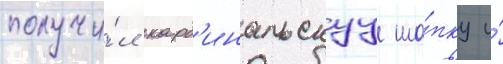
получи́л кард'инальскуу ша́пку и́